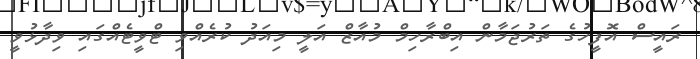
ރައީސް އޮފީހުގެ ތަރުޖަމާން އިބްރާހިމް މުއާޒް އަލީ މިއަދު ކުރެއްވި ޓްވީޓެއްގައި ވިދާޅުވީ